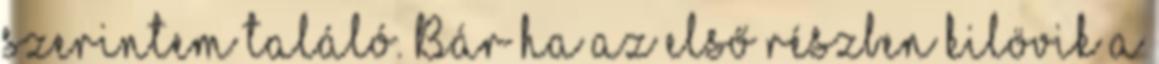
szerintem találó. Bár ha az első részben kilövik a